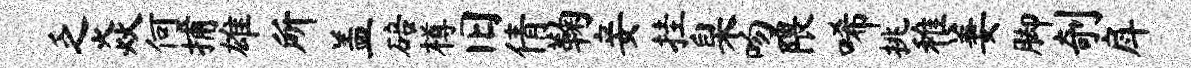
乏焱何捕雄所盖碚樽旧倩鞠妾挂臬吻隈唏挑稚萋脚剞戽